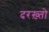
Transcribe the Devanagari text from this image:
दरख़्तो